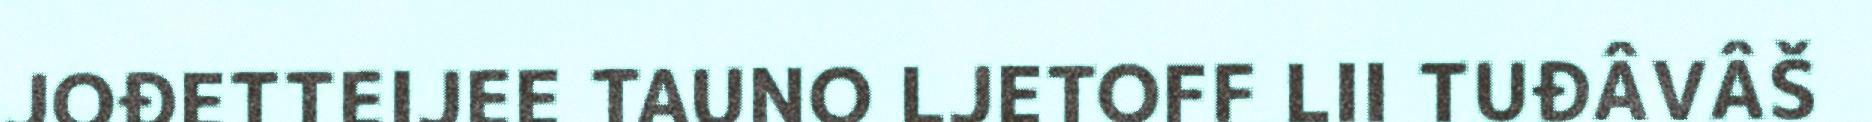
JOĐETTEIJEE TAUNO LJETOFF LII TUĐÂVÂŠ